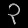
Digit: ၃